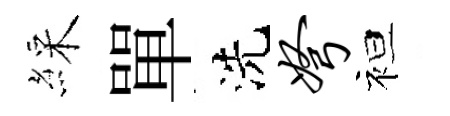
綵單洗弩袒